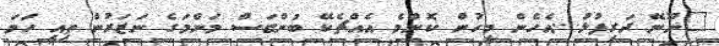
"ނޫނޭ ދަރިފުޅު....އެހެން މީހުން ކޮންމެ އެއްޗެކޭ ބުންޏަސް މަންމަގެ ނަޒަރުން ތިއީ ހަމަ